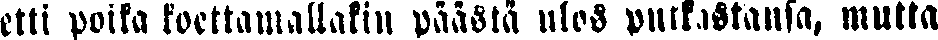
etti poika koettamallakin päästä ulos putkastansa, mutta